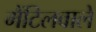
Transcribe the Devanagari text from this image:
मैंटिलवाले